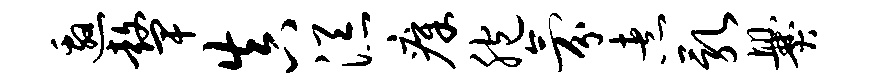
邀鼙真添瘴胞氛煮乳爨